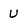
Character: U